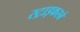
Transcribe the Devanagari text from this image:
स्ट्राइकरने